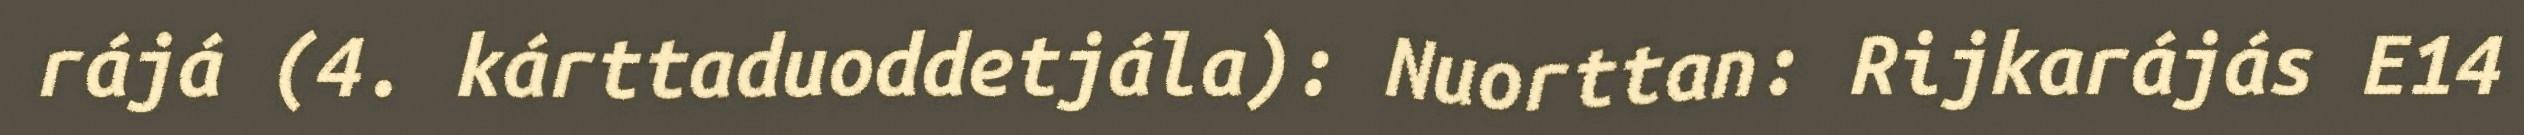
rájá (4. kárttaduoddetjála): Nuorttan: Rijkarájás E14